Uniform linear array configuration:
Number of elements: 64
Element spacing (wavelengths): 0.75
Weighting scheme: cosine
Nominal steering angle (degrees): -15
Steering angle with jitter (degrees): -16.414
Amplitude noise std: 0.05
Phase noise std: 0.05

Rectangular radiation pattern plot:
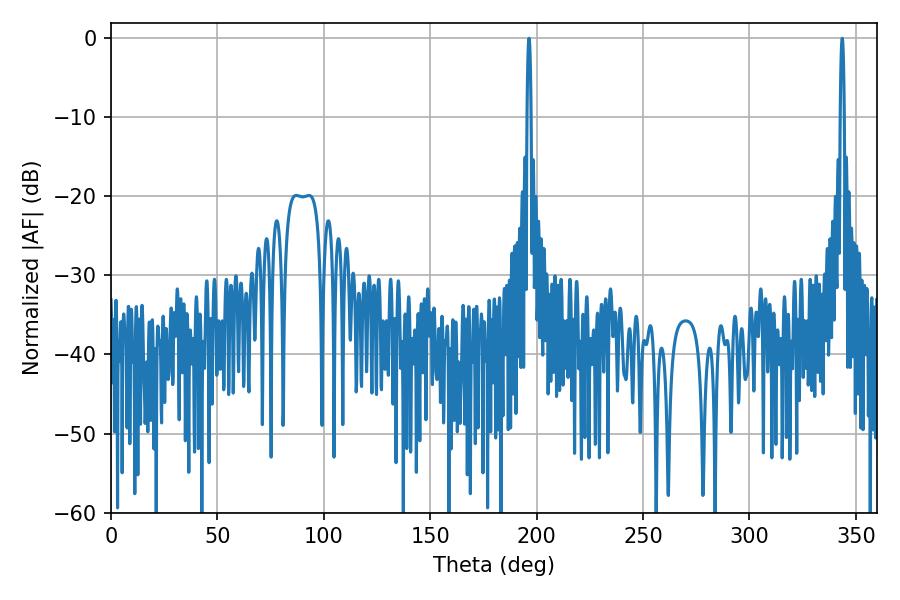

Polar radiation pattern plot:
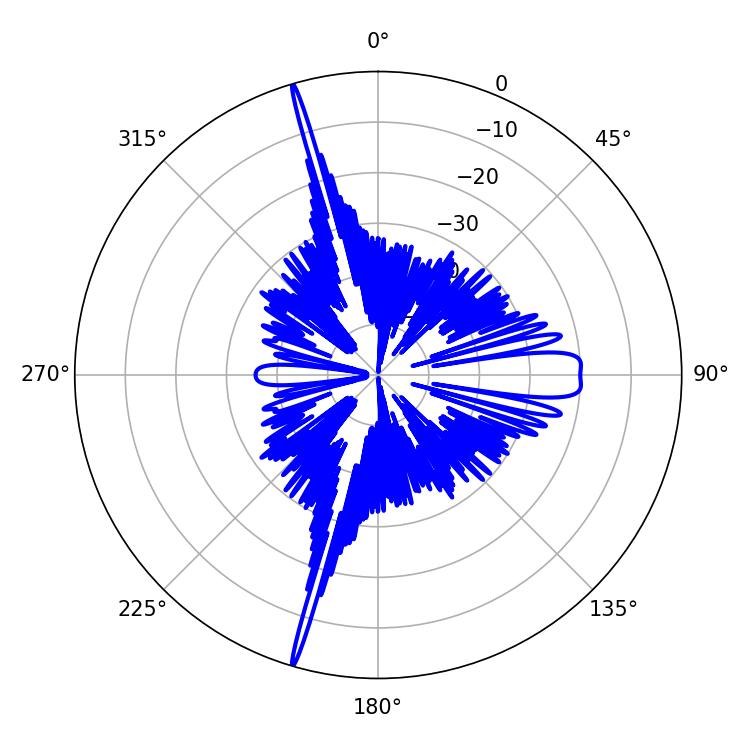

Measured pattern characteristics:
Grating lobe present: TRUE
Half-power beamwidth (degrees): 1.08
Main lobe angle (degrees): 196.38